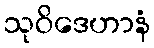
သုဝိဒေဟာနံ